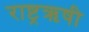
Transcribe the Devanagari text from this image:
राष्ट्रऋषी